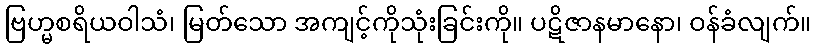
ဗြဟ္မစရိယဝါသံ၊ မြတ်သော အကျင့်ကိုသုံးခြင်းကို။ ပဋိဇာနမာနော၊ ဝန်ခံလျက်။